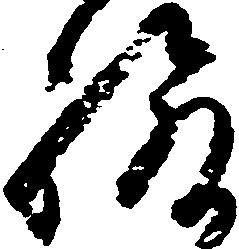
給